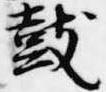
鼓